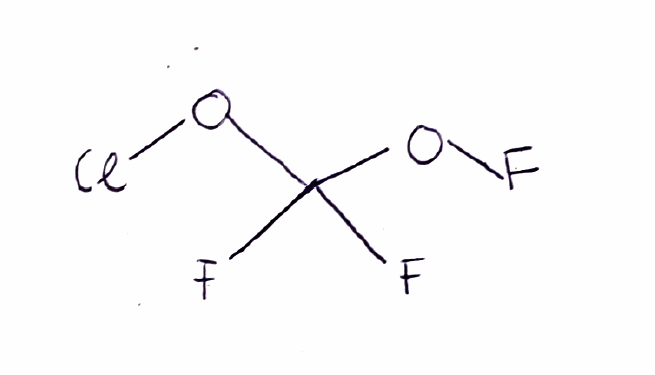
Simplified molecular-input line-entry system (SMILES) notation of the given molecule:
C(OF)(OCl)(F)F